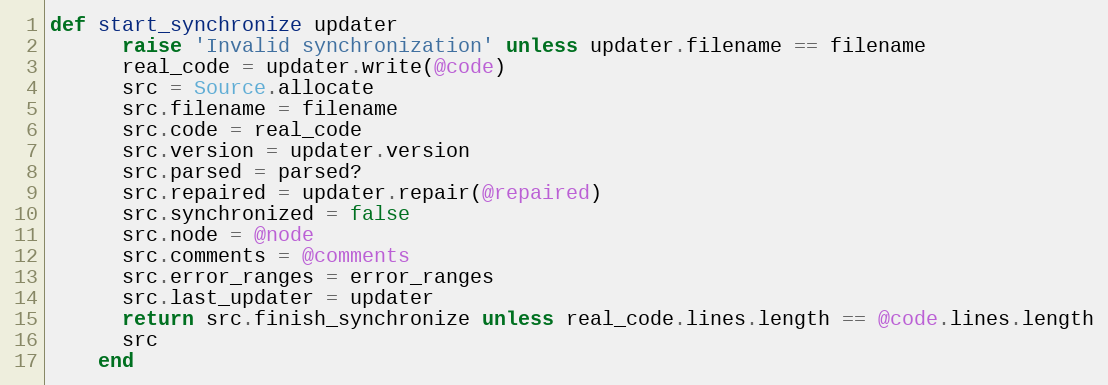
Language: Ruby
def start_synchronize updater
      raise 'Invalid synchronization' unless updater.filename == filename
      real_code = updater.write(@code)
      src = Source.allocate
      src.filename = filename
      src.code = real_code
      src.version = updater.version
      src.parsed = parsed?
      src.repaired = updater.repair(@repaired)
      src.synchronized = false
      src.node = @node
      src.comments = @comments
      src.error_ranges = error_ranges
      src.last_updater = updater
      return src.finish_synchronize unless real_code.lines.length == @code.lines.length
      src
    end